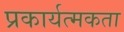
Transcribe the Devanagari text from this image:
प्रकार्यत्मकता